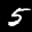
Label: 5